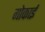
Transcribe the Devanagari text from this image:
गोकाई